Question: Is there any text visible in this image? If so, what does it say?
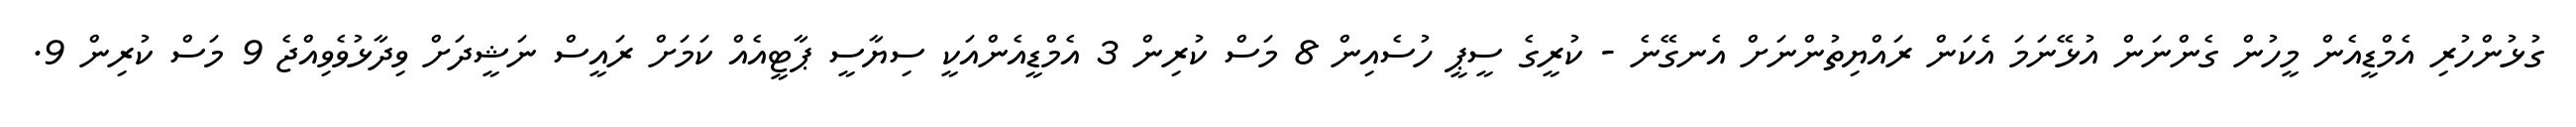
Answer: ގުޅުންހުރި އެމްޑީއެން މީހުން ގެންނަން އުޅޭނަމަ އެކަން ރައްޔިތުންނަށް އެނގޭނެ - ކުރީގެ ސީޕީ ހުސެއިން 8 މަސް ކުރިން 3 އެމްޑީއެންއަކީ ސިޔާސީ ޕާޓީއެއް ކަމަށް ރައީސް ނަޝީދަށް ވިދާޅުވެވިއްޖެ 9 މަސް ކުރިން 9.